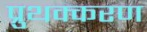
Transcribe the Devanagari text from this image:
प्रुथक्करण